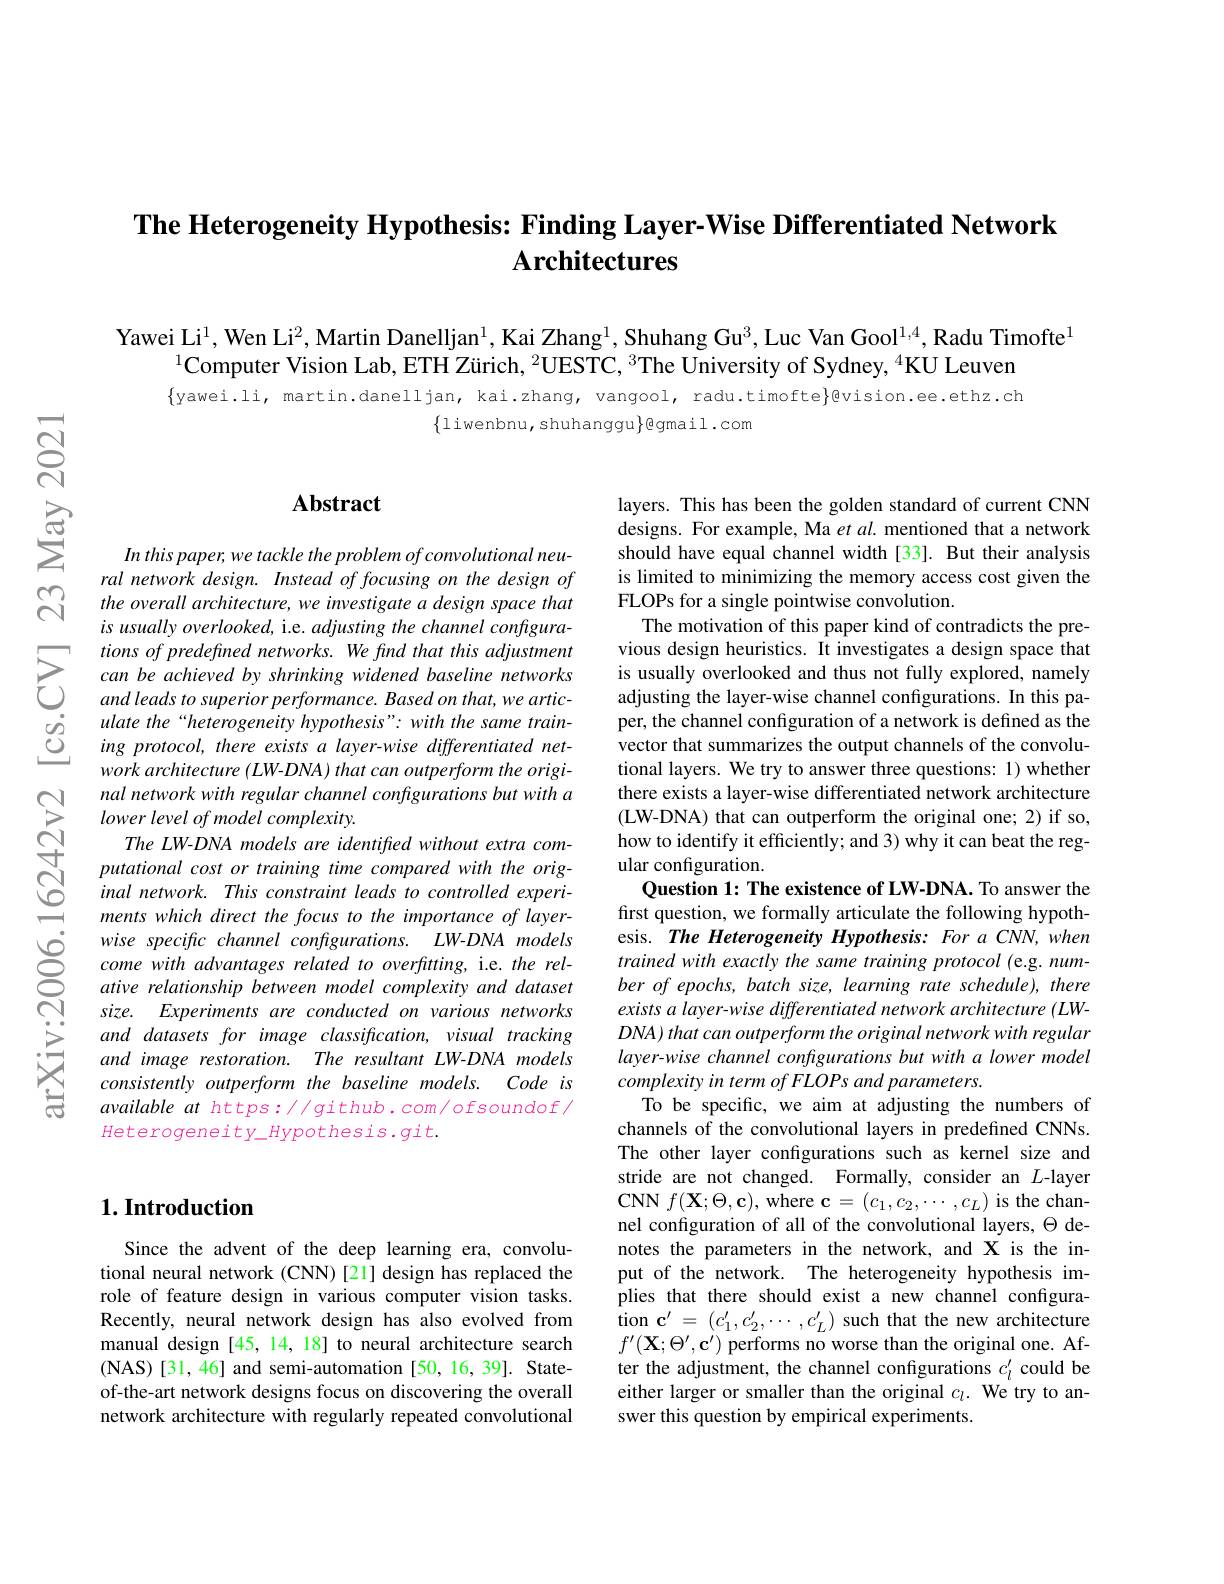
## The Heterogeneity Hypothesis: Finding Layer-Wise Differentiated Network Architectures

Yawei Li$^1$, Wen Li$^2$, Martin Danelljan$^1$, Kai Zhang$^1$,Shuhang Gu$^3$, Luc Van Gool$^{1,4}$,Radu Timofte$^{1}$
$^{1}$Computer Vision Lab, ETH Zürich, $^2\text{UESTC, }^3$The University of Sydney, $^4$KU Leuven

$\{$yawei.li, martin.danelljan, kai.zhang, vangool, radu.timofte}@vision.ee.ethz.ch
$\{$liwenbnu,shuhanggu$\}$@gmail.com

## $\mathbf{Abstract}$

In this paper, we tackle the problem of convolutional neural network design. Instead offocusing on the design of the overall architecture, we investigate a design space that is usually overlooked, i.e. adjusting the channel configura-
$\sum_{\begin{array}{ccc}&\text{tions of predefmed nenworks. We find that this adjustment}\\\text{C}&\text{can be achieved by shrinking widened baseline networks}\\\text{C}&\text{and leads to superior performanc.Based on that. we artic-}\\\text{C}&\text{ulate the “heterogenetiy hypothesis"with the same tra}\end{array}}$
work architecture (LW-DNA) that can outperform the original network with regular channel configurations but with a $lower\textit{level of model complexity. }$
The LW-DNA models are identified without extra computational cost or training time compared with the original network. This constraint leads to controlled experiments which direct the focus to the importance of layerwise specific channel configurations. LW-DNA models come with advantages related to overftting, i.e. the relative relationship between model complexity and dataset size. Experiments are conducted on various networks and datasets for image classification, visual tracking and image restoration. The resultant LW-DNA models consistently outperform the baseline models. Code is available at https: / github. com/ ofsoundof/ $Heterogeneity\_Hypothesis.git.$

layers. This has been the golden standard of current CNN designs. For example, Ma et al. mentioned that a network should have equal channel width [33]. But their analysis is limited to minimizing the memory access cost given the FLOPs for a single pointwise convolution.
The motivation of this paper kind of contradicts the previous design heuristics. It investigates a design space that is usually overlooked and thus not fully explored, namely adjusting the layer-wise channel configurations. In this paper, the channel configuration of a network is defined as the vector that summarizes the output channels of the convolutional layers. We try to answer three questions: 1) whether there exists a layer-wise differentiated network architecture (LW-DNA) that can outperform the original one; 2) if so, how to identify it efficiently; and 3) why it can beat the regular configuration.
Question 1: The existence of LW-DNA. To answer the first question, we formally articulate the following hypothesis. The Heterogeneity Hypothesis: For a CNN, when trained with exactly the same training protocol (e.g. num- $ber\textit{of epochs, batch size, learning rate schedule) , there}$ exists a layer-wise differentiated network architecture (LW- $DNA) \textit{that can outperform the original network with regular}$ layer-wise channel configurations but with a lower model complexity in term of FLOPs and parameters.
To be specific, we aim at adjusting the numbers of channels of the convolutional layers in predefined CNNs. The other layer confgurations such as kernel size and stride are not changed. Formally, consider an $L$-layer $\mathbf{CNN}f(\mathbf{X};\Theta,\mathbf{c})$,where $\mathbf{c}=(c_{1},c_{2},\cdots,c_{L})$ is the channel configuration of all of the convolutional layers, $\Theta$ denotes the parameters in the network, and X is the input of the network. The heterogeneity hypothesis implies that there should exist a new channel configuration $\mathbf{c}^\prime=(c_1^{\prime},c_2^{\prime},\cdots,c_L^{\prime})$ such that the new architecture $f^{\prime}(\mathbf{X};\Theta^{\prime},\mathbf{c}^{\prime})$ performs no worse than the original one. After the adjustment, the channel configurations $c_l^{\prime}$ could be either larger or smaller than the original $c_l.$ We try to answer this question by empirical experiments.

## $1. \textbf{Introduction}$

Since the advent of the deep learning era, convolutional neural network (CNN)[21] design has replaced the role of feature design in various computer vision tasks. Recently, neural network design has also evolved from manual design [45, 14, 18] to neural architecture search (NAS)[31,46] and semi-automation[50,16,39]. Stateof-the-art network designs focus on discovering the overall network architecture with regularly repeated convolutional